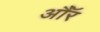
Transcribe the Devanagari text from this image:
औॅर